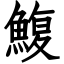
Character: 鰒